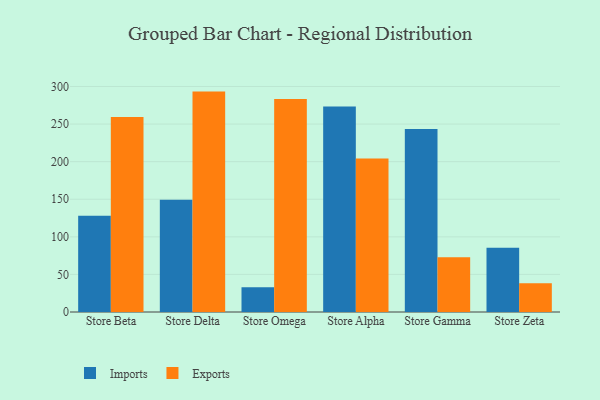
{"axis": {"x": "Store", "y": "Gross Profit (USD K)"}, "legend": ["Exports", "Imports"], "data": [{"x": "Store Beta", "y": 128.1, "type": "Imports"}, {"x": "Store Beta", "y": 259.3, "type": "Exports"}, {"x": "Store Delta", "y": 149.2, "type": "Imports"}, {"x": "Store Delta", "y": 293.2, "type": "Exports"}, {"x": "Store Omega", "y": 32.8, "type": "Imports"}, {"x": "Store Omega", "y": 283.2, "type": "Exports"}, {"x": "Store Alpha", "y": 273.5, "type": "Imports"}, {"x": "Store Alpha", "y": 204.3, "type": "Exports"}, {"x": "Store Gamma", "y": 243.6, "type": "Imports"}, {"x": "Store Gamma", "y": 72.8, "type": "Exports"}, {"x": "Store Zeta", "y": 85.6, "type": "Imports"}, {"x": "Store Zeta", "y": 38.3, "type": "Exports"}]}